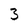
Character: 3